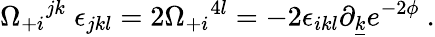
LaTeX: \Omega_{+i}{}^{jk}\; \epsilon_{jkl}=2\Omega_{+i}{}^{4l}=-2\epsilon_{ikl}\partial_{\underline{{k}}}e^{-2\phi}\ .